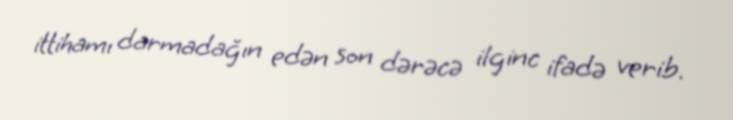
ittihamı darmadağın edən son dərəcə ilginc ifadə verib.